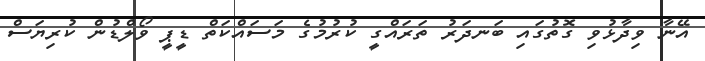
އޭނާ ވިދާޅުވި ގޮތުގައި ބަނދަރު ތަރައްގީ ކުރުމުގެ މަސައްކަތް ޑީޕީ ވޯލްޑުން ކުރިޔަސް